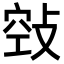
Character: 𢽦